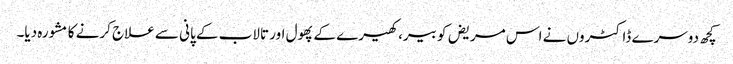
کچھ دوسرے ڈاکٹروں‌ نے اس مریض کو بیر، کھیرے کے پھول اور تالاب کے پانی سے علاج کرنے کا مشورہ دیا۔